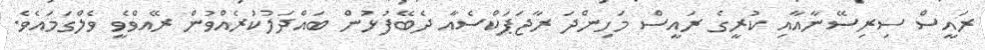
ރައީސް ސިރިސޭނާއާއި ކުރީގެ ރައީސް މަހިންދަ ރާޖަޕަކްސެއާ ދެބޭފުޅުން ބައްދަލުކުރެއްވުން ރޭއްވެވީ ވެލްގަމައެވެ.